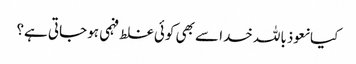
کیا نعوذباللہ خدا سے بھی کوئی غلط فہمی ہو جاتی ہے؟